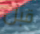
قبل